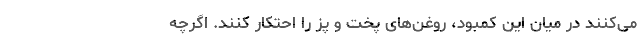
می‌کنند در میان این کمبود، روغن‌های پخت و پز را احتکار کنند. اگرچه